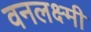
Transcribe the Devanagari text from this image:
वनलक्ष्मी